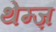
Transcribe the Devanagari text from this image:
थेम्ज़